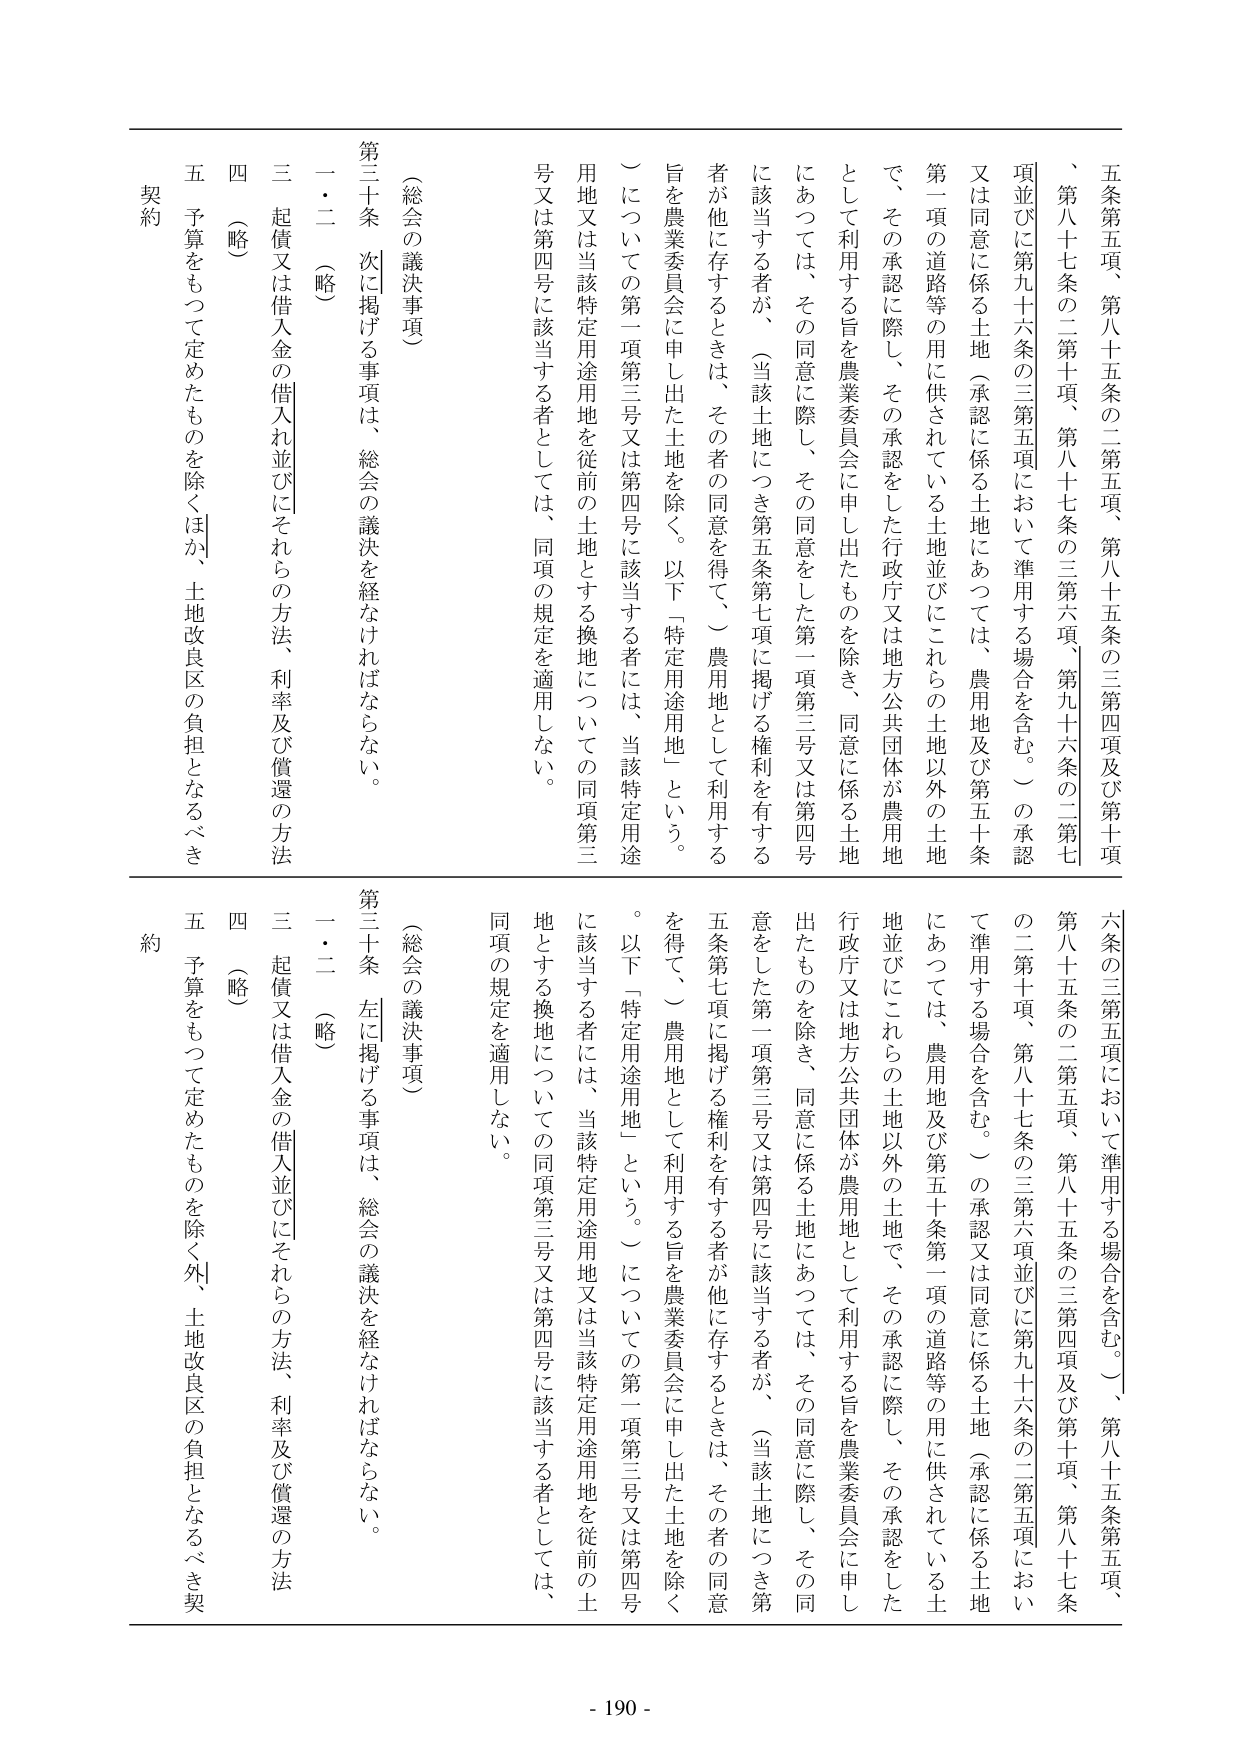
五条第五項、第八十五条の二第五項、第八十五条の三第四項及び第十項
、第八十七条の二第十項、第八十七条の三第六項（第九十六条の二第五項において準用する場合を含む。）の承認
又は同意に係る土地（承認に係る土地にあっては、農用地及び第五十条第一項の道路等の用に供されている土地並びにこれらの土地以外の土地
で、その承認に際し、その承認をした行政庁又は地方公共団体が農用地として利用する旨を農業委員会に申し出たものを除き、同意に係る土地
にあっては、その同意に際し、その同意をした第一項第三号又は第四号に該当する者が、（当該土地につき第五条第七項に掲げる権利を有する
者が他に存するときは、その者の同意を得て、）農用地として利用する旨を農業委員会に申し出た土地を除く。以下「特定用途用地」という。
）についての第一項第三号又は第四号に該当する者には、当該特定用途用地又は当該特定用途用地を従前の土地とする換地についての同項第三
号又は第四号に該当する者としては、同項の規定を適用しない。

（総会の議決事項）
第三十条 次に掲げる事項は、総会の議決を経なければならない。
一・二 （略）
三 起債又は借入金の借入れ並びにそれらの方法、利率及び償還の方法
四 （略）
五 予算をもって定めたものを除くほか、土地改良区の負担となるべき契約

六条の三第五項において準用する場合を含む。）、第八十五条第五項、
第八十五条の二第五項、第八十五条の三第四項及び第十項、第八十七条
の二第十項、第八十七条の三第六項並びに第九十六条の二第五項におい
て準用する場合を含む。）の承認又は同意に係る土地（承認に係る土地
にあっては、農用地及び第五十条第一項の道路等の用に供されている土
地並びにこれらの土地以外の土地で、その承認に際し、その承認をした
行政庁又は地方公共団体が農用地として利用する旨を農業委員会に申し
出たものを除き、同意に係る土地にあっては、その同意に際し、その同
意をした第一項第三号又は第四号に該当する者が、（当該土地につき第
五条第七項に掲げる権利を有する者が他に存するときは、その者の同意
を得て、）農用地として利用する旨を農業委員会に申し出た土地を除く
。以下「特定用途用地」という。）についての第一項第三号又は第四号
に該当する者には、当該特定用途用地又は当該特定用途用地を従前の土
地とする換地についての同項第三号又は第四号に該当する者としては、
同項の規定を適用しない。

（総会の議決事項）
第三十条 左に掲げる事項は、総会の議決を経なければならない。
一・二 （略）
三 起債又は借入金の借入れ並びにそれらの方法、利率及び償還の方法
四 （略）
五 予算をもって定めたものを除く外、土地改良区の負担となるべき契約

- 190 -